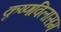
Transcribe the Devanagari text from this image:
कृष्णविलासम